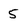
Character: 5